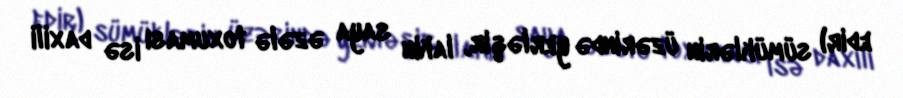
edir) sümüklərin üzərində yerləşir, lakin saya əzələ toxuması isə daxili